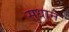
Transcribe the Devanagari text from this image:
सुधाने